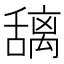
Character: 𫬎